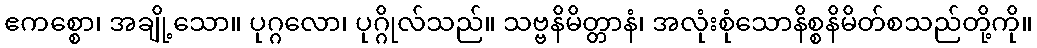
ဧကစ္စော၊ အချို့သော။ ပုဂ္ဂလော၊ ပုဂ္ဂိုလ်သည်။ သဗ္ဗနိမိတ္တာနံ၊ အလုံးစုံသောနိစ္စနိမိတ်စသည်တို့ကို။